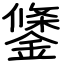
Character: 鎥